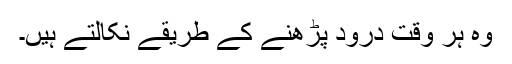
وہ ہر وقت درود پڑھنے کے طریقے نکالتے ہیں۔